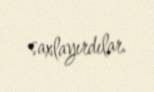
saxlayırdılar.